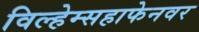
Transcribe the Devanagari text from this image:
विल्हेम्सहाफेनवर